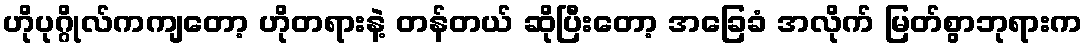
ဟိုပုဂ္ဂိုလ်ကကျတော့ ဟိုတရားနဲ့ တန်တယ် ဆိုပြီးတော့ အခြေခံ အလိုက် မြတ်စွာဘုရားက